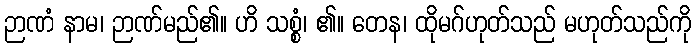
ဉာဏံ နာမ၊ ဉာဏ်မည်၏။ ဟိ သစ္စံ၊ ၏။ တေန၊ ထိုမဂ်ဟုတ်သည် မဟုတ်သည်ကို